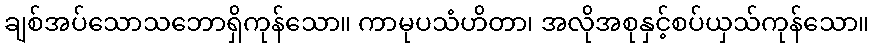
ချစ်အပ်သောသဘောရှိကုန်သော။ ကာမုပသံဟိတာ၊ အလိုအစုနှင့်စပ်ယှသ်ကုန်သော။